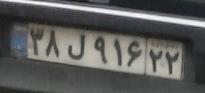
۳۸ل۹۱۶۲۲